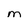
Character: M